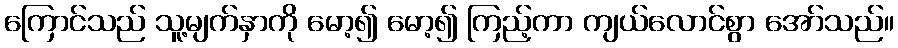
ကြောင်သည် သူ့မျက်နှာကို မော့၍ မော့၍ ကြည့်ကာ ကျယ်လောင်စွာ အော်သည်။